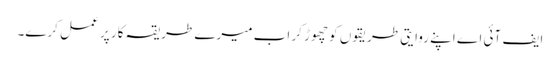
ایف آئی اے اپنے روایتی طریقوں کو چھوڑ کر اب میرے طریقہ کار پر عمل کرے۔